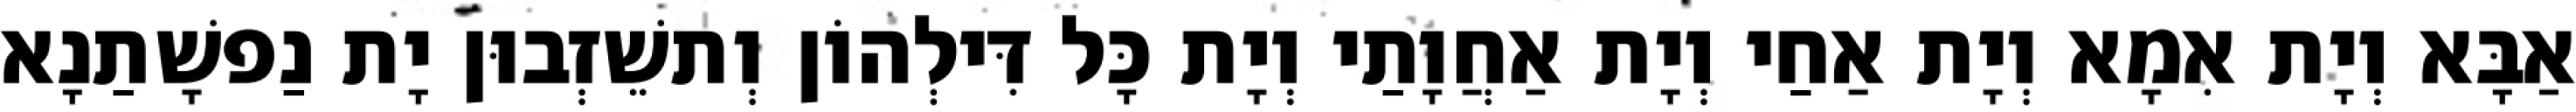
אַבָּא וְיָת אִמָא וְיָת אַחַי וְיָת אַחֲוָתַי וְיָת כָּל דִּילְהוֹן וְתשֵׁזְבוּן יָת נַפשָׁתַנָא